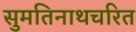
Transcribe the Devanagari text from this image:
सुमतिनाथचरित